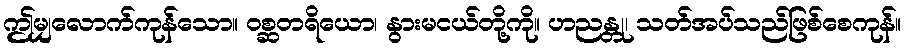
ဤမျှလောက်ကုန်သော။ ဝစ္ဆတရိယော၊ နွားမငယ်တို့ကို။ ဟညန္တု၊ သတ်အပ်သည်ဖြစ်စေကုန်။